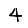
Digit: 4